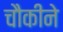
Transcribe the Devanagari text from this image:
चौकीने